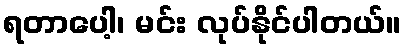
ရတာပေါ့၊ မင်း လုပ်နိုင်ပါတယ်။